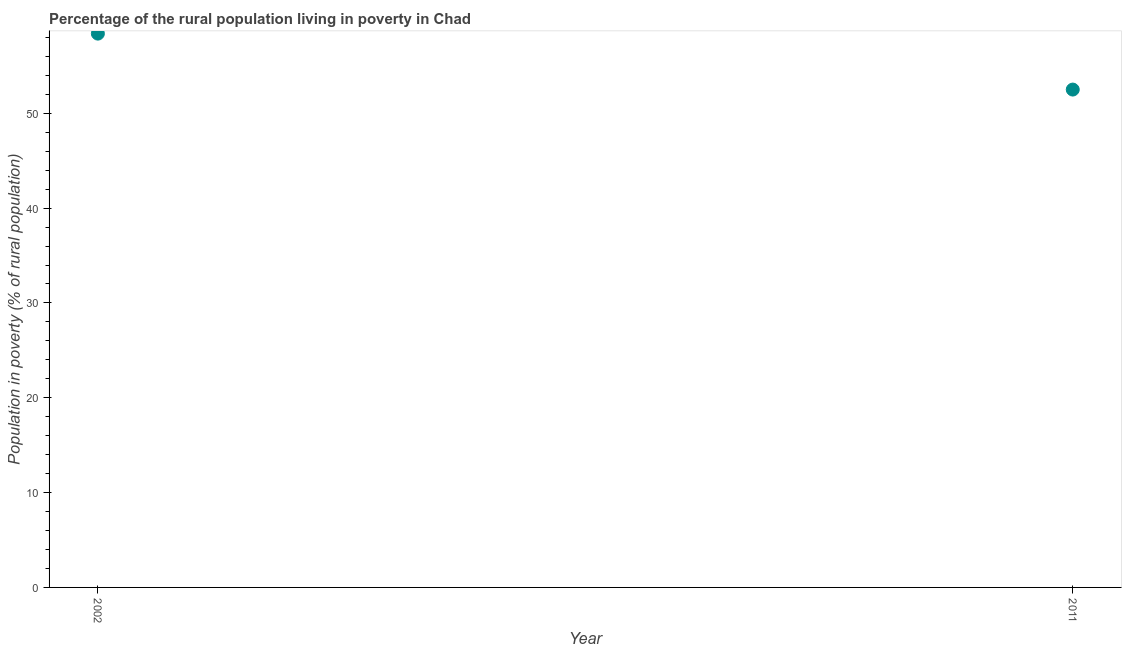
| Year | Rural poverty headcount ratio |
 | --- | --- |
 | 2002 | 58.4 |
 | 2011 | 52.5 |